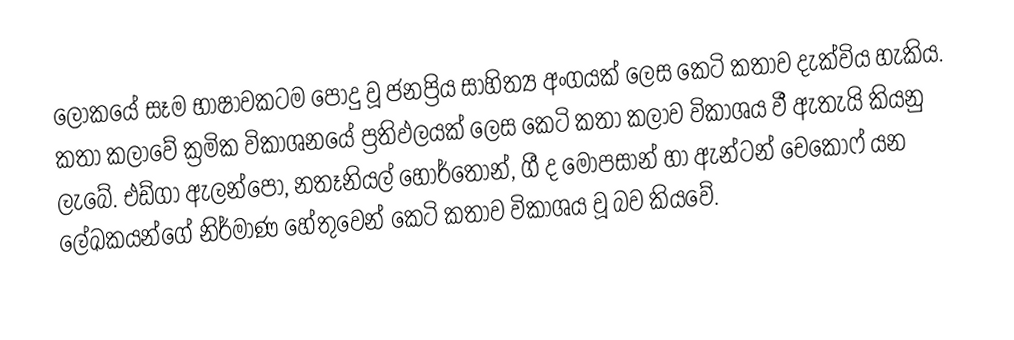
ලෝකයේ සෑම භාෂාවකටම පොදු වූ ජනප්‍රිය සාහිත්‍ය අංගයක් ලෙස කෙටි කතාව දැක්විය හැකිය. කතා කලාවේ ක්‍රමික විකාශනයේ ප්‍රතිඵලයක් ලෙස කෙටි කතා කලාව විකාශය වී ඇතැයි කියනු ලැබේ. එඩ්ගා ඇලන්පෝ, නතෑනියල් හොර්තොන්, ගී ද මෝපසාන් හා ඇන්ටන් චෙකෝෆ් යන ලේඛකයන්ගේ නිර්මාණ හේතුවෙන් කෙටි කතාව විකාශය වූ බව කියවේ.